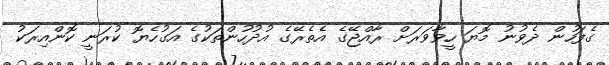
ގެފަހުން ދެވުނު މޮޔަ ހީވާވަރަށް ރާއްޖޭގެ އެތެރޭގެ އުދުހުންތަކުގެ އަގުހެޔޮ ކުރަނީ ކޮންއިރަކު